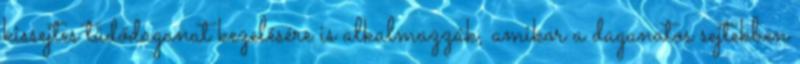
kissejtes tüdődaganat kezelésére is alkalmazzák, amikor a daganatos sejtekben